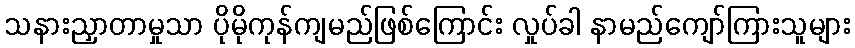
သနားညှာတာမှုသာ ပိုမိုကုန်ကျမည်ဖြစ်ကြောင်း လှုပ်ခါ နာမည်ကျော်ကြားသူများ